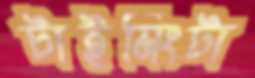
টাইমিংটা